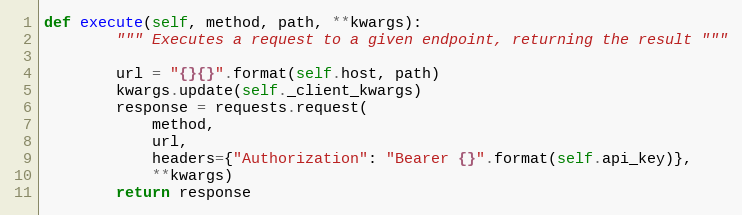
Language: Python
def execute(self, method, path, **kwargs):
        """ Executes a request to a given endpoint, returning the result """

        url = "{}{}".format(self.host, path)
        kwargs.update(self._client_kwargs)
        response = requests.request(
            method,
            url,
            headers={"Authorization": "Bearer {}".format(self.api_key)},
            **kwargs)
        return response